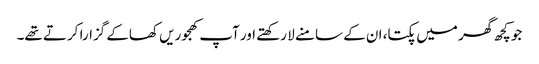
جو کچھ گھر میں پکتا، ان کے سامنے لا رکھتے اور آپ کھجوریں کھاکے گزارا کرتے تھے۔